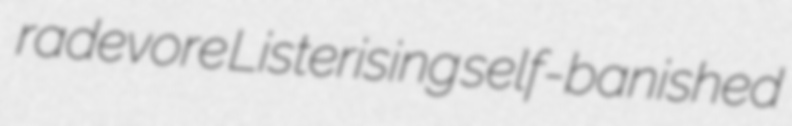
radevore Listerising self-banished